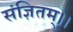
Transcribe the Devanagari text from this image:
संज्ञितम्।।